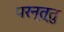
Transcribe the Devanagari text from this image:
परन्त्तु